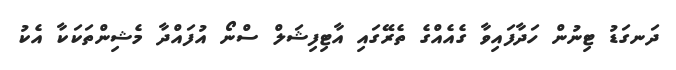
ދަނގަޑު ޓިނުން ހަދާފައިވާ ގެއެއްގެ ތެރޭގައި އާޓިފިޝަލް ސްނޯ އުފައްދާ މެޝިންތަކަކާ އެކު